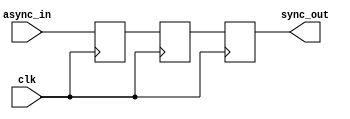
module ms_ff_synchronizer (
    input wire clk,          // Clock signal
    input wire async_in,     // Asynchronous input signal
    output reg sync_out      // Synchronized output signal
);

// Internal signals for master and slave flip-flops
reg master_ff;
reg slave_ff;

// Master Flip-Flop: Captures async_in on the rising edge of clk
always @(posedge clk) begin
    master_ff <= async_in;
end

// Slave Flip-Flop: Captures master_ff on the falling edge of clk
always @(negedge clk) begin
    slave_ff <= master_ff;
end

// Output the synchronized value from the slave flip-flop
always @(negedge clk) begin
    sync_out <= slave_ff;
end

endmodule